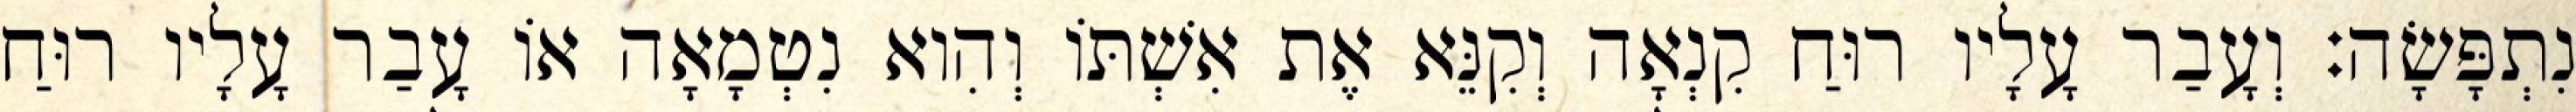
נִתְפָּשָׂה׃ וְעָבַר עָלָיו רוּחַ קִנְאָה וְקִנֵּא אֶת אִשְׁתּוֹ וְהִוא נִטְמָאָה אוֹ עָבַר עָלָיו רוּחַ